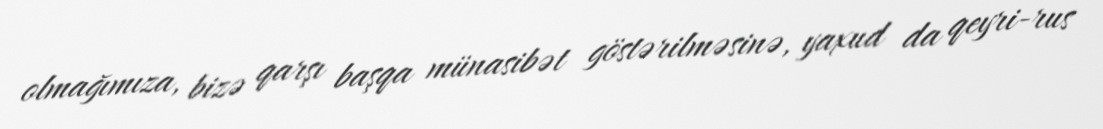
olmağımıza, bizə qarşı başqa münasibət göstərilməsinə, yaxud da qeyri-rus